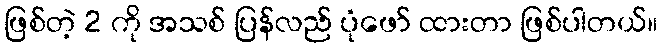
ဖြစ်တဲ့ 2 ကို အသစ် ပြန်လည် ပုံဖော် ထားတာ ဖြစ်ပါတယ်။